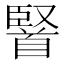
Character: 𮩤